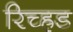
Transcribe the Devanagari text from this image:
रिच्ह्रड